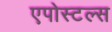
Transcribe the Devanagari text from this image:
एपोस्टल्स